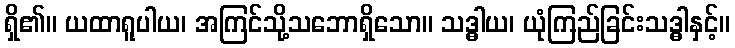
ရှိ၏။ ယထာရူပါယ၊ အကြင်သို့သဘောရှိသော။ သဒ္ဓါယ၊ ယုံကြည်ခြင်းသဒ္ဓါနှင့်။